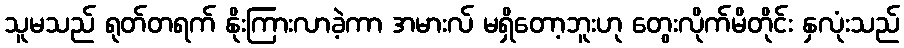
သူမသည် ရုတ်တရက် နိုးကြားလာခဲ့ကာ အမားလ် မရှိတော့ဘူးဟု တွေးလိုက်မိတိုင်း နှလုံးသည်